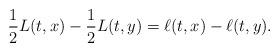
LaTeX: \begin{align*}\frac{1}{2}L(t,x)-\frac{1}{2}L(t,y)=\ell(t,x)-\ell(t,y). \end{align*}